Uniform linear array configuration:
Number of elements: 64
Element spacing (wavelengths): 0.5
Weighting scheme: hamming
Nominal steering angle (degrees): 30
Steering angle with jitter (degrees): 31.523
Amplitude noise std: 0.05
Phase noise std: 0.05

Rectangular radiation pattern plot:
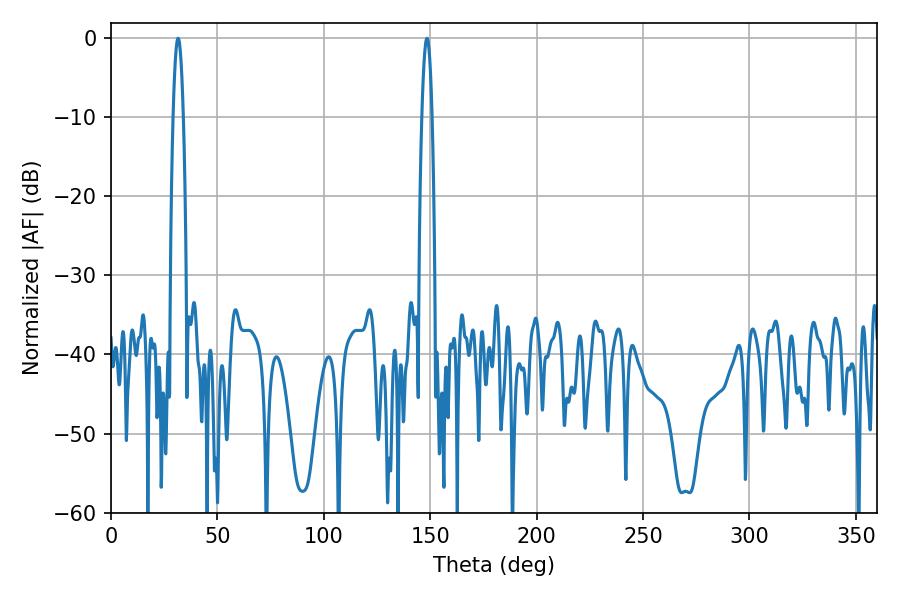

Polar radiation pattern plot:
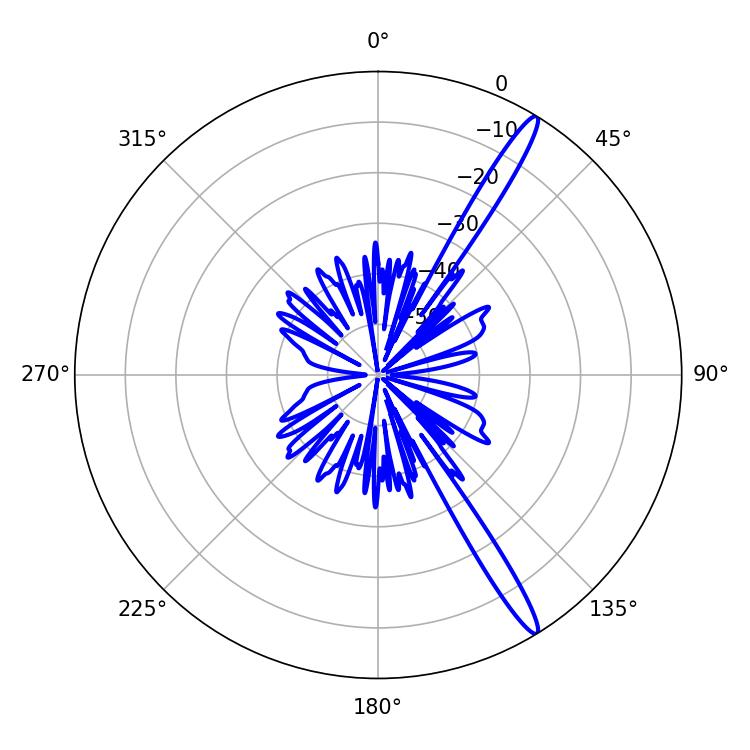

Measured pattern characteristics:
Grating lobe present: FALSE
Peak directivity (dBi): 15.797
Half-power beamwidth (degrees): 2.52
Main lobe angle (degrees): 148.5